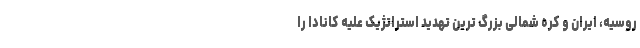
روسیه، ایران و کره شمالی بزرگ ترین تهدید استراتژیک علیه کانادا را